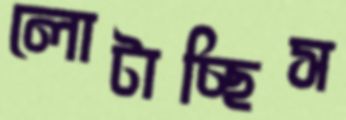
লোটাচ্ছিস